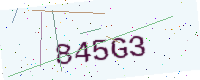
Text: 845G3